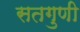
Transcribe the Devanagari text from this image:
सतगुणी